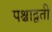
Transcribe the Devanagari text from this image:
पश्चाद्वती